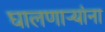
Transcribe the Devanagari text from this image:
घालणाऱ्यांना